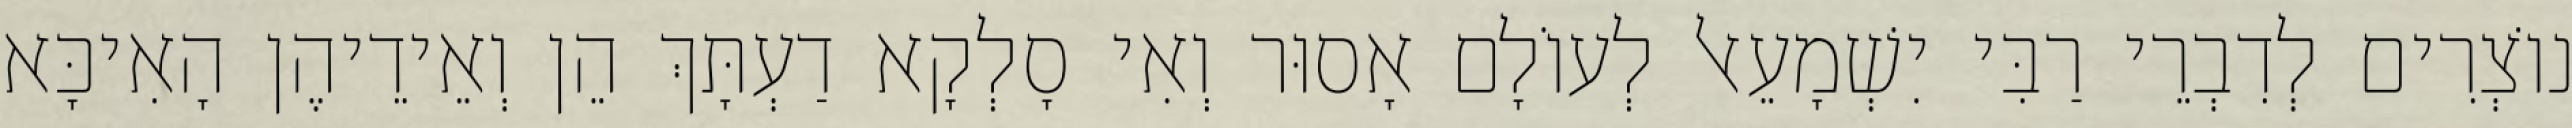
נוֹצְרִים לְדִבְרֵי רַבִּי יִשְׁמָעֵאל לְעוֹלָם אָסוּר וְאִי סָלְקָא דַעְתָּךְ הֵן וְאֵידֵיהֶן הָאִיכָּא